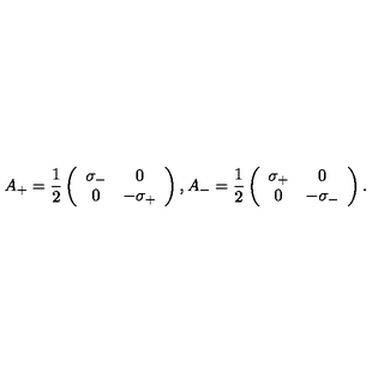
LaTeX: A _ { + } = \frac { 1 } { 2 } \left( \begin{array} { c c } { \sigma _ { - } } & { 0 } \\ { 0 } & { - \sigma _ { + } } \\ \end{array} \right) , A _ { - } = \frac { 1 } { 2 } \left( \begin{array} { c c } { \sigma _ { + } } & { 0 } \\ { 0 } & { - \sigma _ { - } } \\ \end{array} \right) .